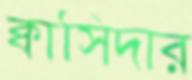
ক্বাসিদার